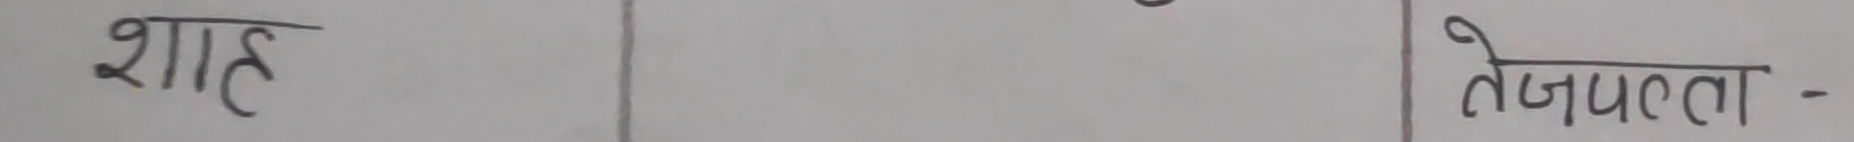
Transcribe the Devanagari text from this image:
शाह तेजपत्ता -